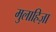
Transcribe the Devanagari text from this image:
मुलाहिज़ा